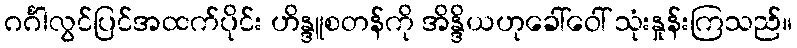
ဂင်္ဂါလွင်ပြင်အထက်ပိုင်း ဟိန္ဒူစတန်ကို အိန္ဒိယဟုခေါ်ဝေါ် သုံးနှုန်းကြသည်။